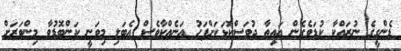
ޑެންގީގެ ނުރައްކާ ކުޑަވެގެން އައިތާ ދުވަސްކޮޅަކަށްފަހު އަނެއްކާވެސް އެބަލި މިވަނީ ކަންބޮޑުވާ މިންވަރަށް